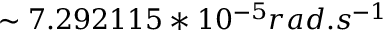
\sim 7 . 2 9 2 1 1 5 * 1 0 ^ { - 5 } r a d . s ^ { - 1 }